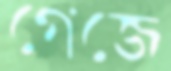
গেজে